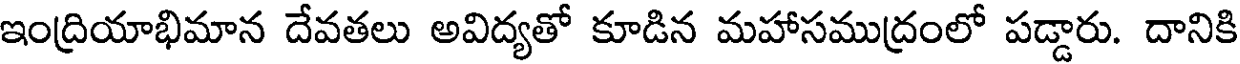
ఇంద్రియాభిమాన దేవతలు అవిద్యతో కూడిన మహాసముద్రంలో పడ్డారు. దానికి